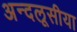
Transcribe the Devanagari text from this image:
अन्दलूसीया